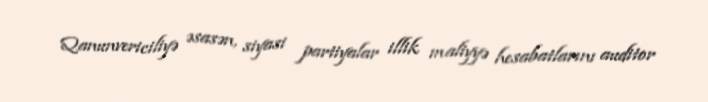
Qanunvericiliyə əsasən, siyasi partiyalar illik maliyyə hesabatlarını auditor